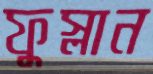
ফুস্‌লান